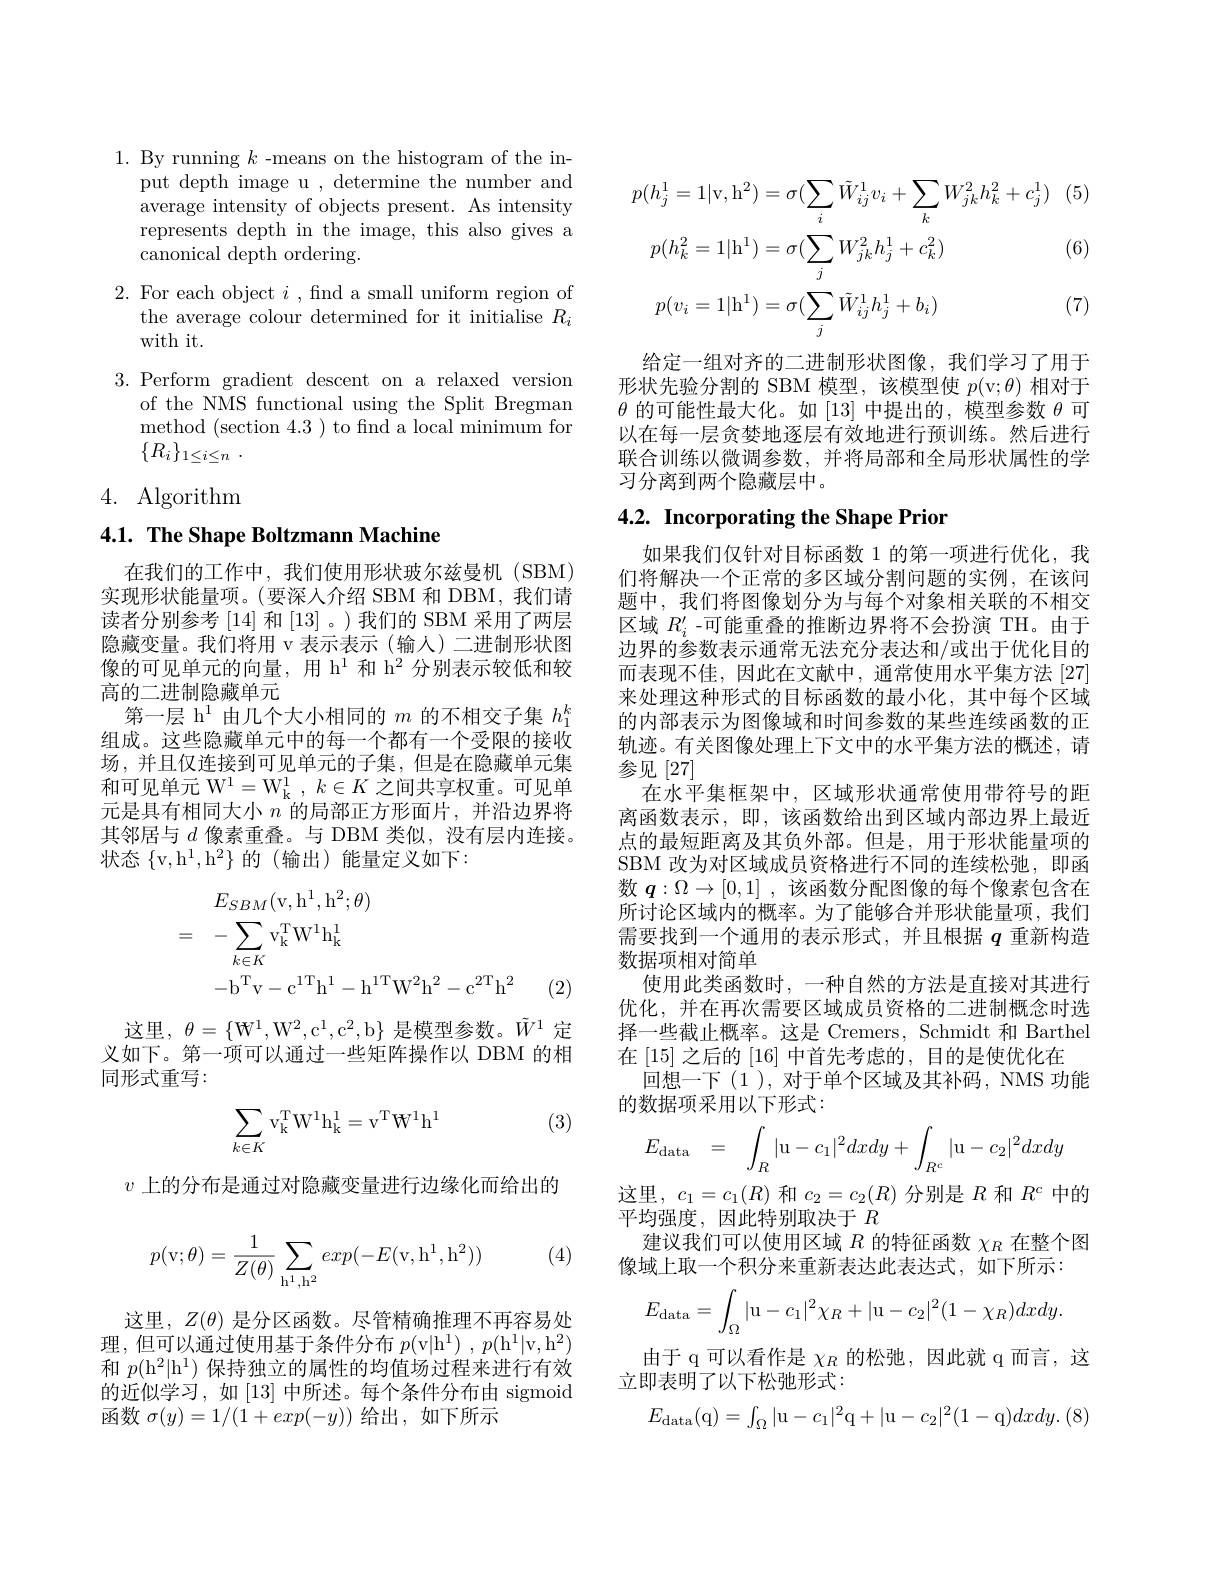
1. By running $k$ -means on the histogram of the in-
put depth image u , determine the number and average intensity of objects present. As intensity represents depth in the image, this also gives a canonical depth ordering.

2. For each object $i$, find a small uniform region of
the average colour determined for it initialise $R_i$
with it.

3. Perform gradient descent on a relaxed version
of the NMS functional using the Split Bregman method (section 4.3) to find a local minimum for $\{ R_i\} _{1\leq i\leq n}$ .

4. Algorithm

## 4.1. The Shape Boltzmann Machine

在我们的工作中，我们使用形状玻尔兹曼机(SBM) 实现形状能量项。(要深入介绍 SBM 和 DBM, 我们请读者分别参考 [14] 和 [13]。)我们的 SBM 采用了两层隐藏变量。我们将用 v 表示表示 (输入)二进制形状图像的可见单元的向量，用 h$^{1}$和 h$^{2}$分别表示较低和较高的二进制隐藏单元
第一层 h$^1$由几个大小相同的$m$的不相交子集$h_1^k$ 组成。这些隐藏单元中的每一个都有一个受限的接收场，并且仅连接到可见单元的子集，但是在隐藏单元集和可见单元 W$^1= W_k^1$ , $k\in K$之间共享权重。可见单元是具有相同大小$n$的局部正方形面片，并沿边界将其邻居与$d$像素重叠。与 DBM 类似，没有层内连接。状态$\{$v, $h^{1}$, $h^{2}\}$的 (输出)能量定义如下：
$$\begin{aligned}&E_{SBM}(\mathrm{v},\mathrm{h}^{1},\mathrm{h}^{2};\theta)\\&=\quad-\sum_{k\in K}\mathrm{v}_{\mathrm{k}}^{\mathrm{T}}\mathrm{W}^{1}\mathrm{h}_{\mathrm{k}}^{1}\\&-\mathrm{b}^{\mathrm{T}}\mathrm{v}-\mathrm{c}^{1\mathrm{T}}\mathrm{h}^{1}-\mathrm{h}^{1\mathrm{T}}\mathrm{W}^{2}\mathrm{h}^{2}-\mathrm{c}^{2\mathrm{T}}\mathrm{h}^{2}\end{aligned}$$
(2)

这里，$\theta=\{\mathbf{W}^{1},\mathbf{W}^{2},\mathbf{c}^{1},\mathbf{c}^{2},\mathbf{b}\}$是模型参数。$\tilde{W}^{1}$定义如下。第一项可以通过一些矩阵操作以 DBM 的相同形式重写：

(3)
$$\displaystyle\sum_{k\in K}\mathrm v_\mathrm k^\mathrm T\mathrm W^1\mathrm h_\mathrm k^1=\mathrm v^\mathrm T\mathrm W^1\mathrm h^1$$
$v$上的分布是通过对隐藏变量进行边缘化而给出的

(4)
$$p(\mathrm v;\theta)=\dfrac{1}{Z(\theta)}\sum_{\mathrm h^1,\mathrm h^2}exp(-E(\mathrm v,\mathrm h^1,\mathrm h^2))$$
这里，$Z(\theta)$是分区函数。尽管精确推理不再容易处理，但可以通过使用基于条件分布$p($v| $h^1)$ , $p( h^1$| v, $h^2)$ 和$p(\mathrm{h}^2|\mathrm{h}^1)$保持独立的属性的均值场过程来进行有效的近似学习，如[13]中所述。每个条件分布由 sigmoid 函数$\sigma(y)=1/(1+exp(-y))$给出，如下所示
$$\begin{aligned}p(h_{j}^{1}=1|\mathrm{v},\mathrm{h}^{2})&=\sigma(\sum_{i}\tilde{W}_{ij}^{1}v_{i}+\sum_{k}W_{jk}^{2}h_{k}^{2}+c_{j}^{1})\\p(h_{k}^{2}=1|\mathrm{h}^{1})&=\sigma(\sum_{j}W_{jk}^{2}h_{j}^{1}+c_{k}^{2})\\p(v_{i}=1|\mathrm{h}^{1})&=\sigma(\sum_{j}\tilde{W}_{ij}^{1}h_{j}^{1}+b_{i})\end{aligned}$$
(6)

(7)

给定一组对齐的二进制形状图像，我们学习了用于形状先验分割的 SBM 模型，该模型使$p($v$;\theta)$相对于$\theta$的可能性最大化。如[13]中提出的，模型参数$\theta$可以在每一层贪婪地逐层有效地进行预训练。然后进行联合训练以微调参数，并将局部和全局形状属性的学习分离到两个隐藏层中。

# 4.2. Incorporating the Shape Prior

如果我们仅针对目标函数 1 的第一项进行优化，我们将解决一个正常的多区域分割问题的实例，在该间题中，我们将图像划分为与每个对象相关联的不相交区域$R_i^{\prime}$ -可能重叠的推断边界将不会扮演 TH。由于边界的参数表示通常无法充分表达和/或出于优化目的而表现不佳，因此在文献中，通常使用水平集方法 [27] 来处理这种形式的目标函数的最小化，其中每个区域的内部表示为图像域和时间参数的某些连续函数的正轨迹。有关图像处理上下文中的水平集方法的概述，请参见[27]
在水平集框架中，区域形状通常使用带符号的距离函数表示，即，该函数给出到区域内部边界上最近点的最短距离及其负外部。但是，用于形状能量项的SBM 改为对区域成员资格进行不同的连续松驰，即函数$\boldsymbol{q}:\Omega\to[0,1]$ ,该函数分配图像的每个像素包含在所讨论区域内的概率。为了能够合并形状能量项，我们需要找到一个通用的表示形式，并且根据$q$重新构造数据项相对简单
使用此类函数时，一种自然的方法是直接对其进行优化，并在再次需要区域成员资格的二进制概念时选择一些截止概率。这是 Cremers, Schmidt 和 Barthel 在[15]之后的[16]中首先考虑的，目的是使优化在
回想一下(1),对于单个区域及其补码，NMS 功能
的数据项采用以下形式：
$$\begin{array}{rcl}E_\text{data}&=&\displaystyle\int_R|\mathrm u-c_1|^2dxdy+\displaystyle\int_{R^c}|\mathrm u-c_2|^2dxdy\end{array}$$
这里$,c_1=c_1(R)$和$c_2=c_2(R)$分别是$R$和$R^c$中的
平均强度，因此特别取决于$R$
建议我们可以使用区域$R$的特征函数$\chi_R$在整个图
像域上取一个积分来重新表达此表达式，如下所示：
$$E_{\text{data}}=\int_{\Omega}|\mathrm u-c_1|^2\chi_R+|\mathrm u-c_2|^2(1-\chi_R)dxdy.$$
由于 q 可以看作是$\chi_R$的松弛，因此就 q 而言，这
立即表明了以下松弛形式：
$$E_{\mathrm{data}}(\mathrm{q})=\int_\Omega|\mathrm{u}-c_1|^2\mathrm{q}+|\mathrm{u}-c_2|^2(1-\mathrm{q})dxdy.\:(8)$$